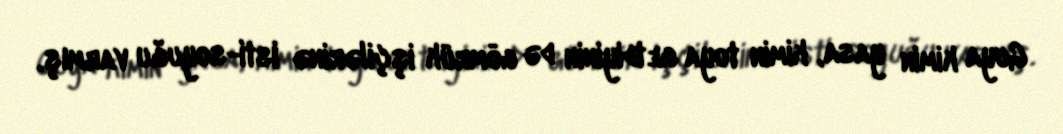
Guya kimin yasa, kimin toya getdiyinin də gömrük işçilərinə isti-soyuğu varmış.